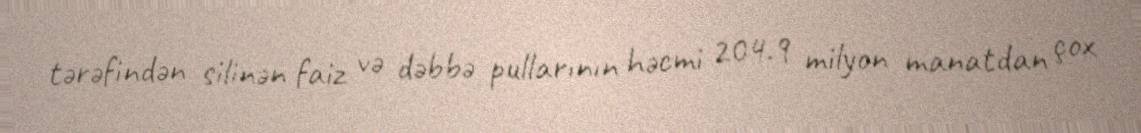
tərəfindən silinən faiz və dəbbə pullarının həcmi 204.9 milyon manatdan çox